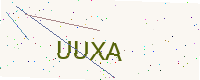
Text: UUXA